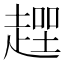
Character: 𧼻